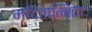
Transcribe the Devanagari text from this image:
मदितान्विताः